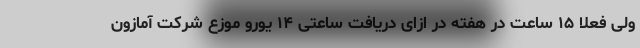
ولی فعلا ۱۵ ساعت در هفته در ازای دریافت ساعتی ۱۴ یورو موزع شرکت آمازون